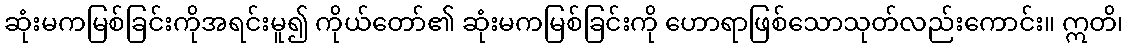
ဆုံးမကမြစ်ခြင်းကိုအရင်းမူ၍ ကိုယ်တော်၏ ဆုံးမကမြစ်ခြင်းကို ဟောရာဖြစ်သောသုတ်လည်းကောင်း။ ဣတိ၊